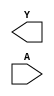
module sky130_fd_sc_hs__clkdlyinv3sd2 (
    Y,
    A
);

    output Y;
    input  A;

    // Voltage supply signals
    supply1 VPWR;
    supply0 VGND;

endmodule